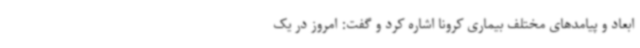
ابعاد و پیامدهای مختلف بیماری کرونا اشاره کرد و گفت: امروز در یک